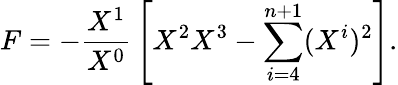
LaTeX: F=-{\frac{X^{1}}{X^{0}}}\left[X^{2}X^{3}-\sum_{i=4}^{n+1}(X^{i})^{2}\right].